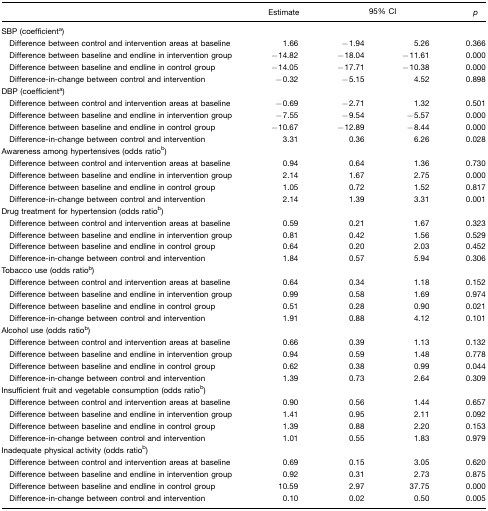
<table><thead><tr><td></td><td><b>Estimate</b></td><td colspan="2"><b>95% CI</b></td><td><b><i>p</i></b></td></tr></thead><tbody><tr><td>SBP (coefficienta)</td><td></td><td></td><td></td><td></td></tr><tr><td> Difference between control and intervention areas at baseline</td><td>1.66</td><td>−1.94</td><td>5.26</td><td>0.366</td></tr><tr><td> Difference between baseline and endline in intervention group</td><td>−14.82</td><td>−18.04</td><td>−11.61</td><td>0.000</td></tr><tr><td> Difference between baseline and endline in control group</td><td>−14.05</td><td>−17.71</td><td>−10.38</td><td>0.000</td></tr><tr><td> Difference-in-change between control and intervention</td><td>−0.32</td><td>−5.15</td><td>4.52</td><td>0.898</td></tr><tr><td>DBP (coefficienta)</td><td></td><td></td><td></td><td></td></tr><tr><td> Difference between control and intervention areas at baseline</td><td>−0.69</td><td>−2.71</td><td>1.32</td><td>0.501</td></tr><tr><td> Difference between baseline and endline in intervention group</td><td>−7.55</td><td>−9.54</td><td>−5.57</td><td>0.000</td></tr><tr><td> Difference between baseline and endline in control group</td><td>−10.67</td><td>−12.89</td><td>−8.44</td><td>0.000</td></tr><tr><td> Difference-in-change between control and intervention</td><td>3.31</td><td>0.36</td><td>6.26</td><td>0.028</td></tr><tr><td>Awareness among hypertensives (odds ratiob)</td><td></td><td></td><td></td><td></td></tr><tr><td> Difference between control and intervention areas at baseline</td><td>0.94</td><td>0.64</td><td>1.36</td><td>0.730</td></tr><tr><td> Difference between baseline and endline in intervention group</td><td>2.14</td><td>1.67</td><td>2.75</td><td>0.000</td></tr><tr><td> Difference between baseline and endline in control group</td><td>1.05</td><td>0.72</td><td>1.52</td><td>0.817</td></tr><tr><td> Difference-in-change between control and intervention</td><td>2.14</td><td>1.39</td><td>3.31</td><td>0.001</td></tr><tr><td>Drug treatment for hypertension (odds ratiob)</td><td></td><td></td><td></td><td></td></tr><tr><td> Difference between control and intervention areas at baseline</td><td>0.59</td><td>0.21</td><td>1.67</td><td>0.323</td></tr><tr><td> Difference between baseline and endline in intervention group</td><td>0.81</td><td>0.42</td><td>1.56</td><td>0.529</td></tr><tr><td> Difference between baseline and endline in control group</td><td>0.64</td><td>0.20</td><td>2.03</td><td>0.452</td></tr><tr><td> Difference-in-change between control and intervention</td><td>1.84</td><td>0.57</td><td>5.94</td><td>0.306</td></tr><tr><td>Tobacco use (odds ratiob)</td><td></td><td></td><td></td><td></td></tr><tr><td> Difference between control and intervention areas at baseline</td><td>0.64</td><td>0.34</td><td>1.18</td><td>0.152</td></tr><tr><td> Difference between baseline and endline in intervention group</td><td>0.99</td><td>0.58</td><td>1.69</td><td>0.974</td></tr><tr><td> Difference between baseline and endline in control group</td><td>0.51</td><td>0.28</td><td>0.90</td><td>0.021</td></tr><tr><td> Difference-in-change between control and intervention</td><td>1.91</td><td>0.88</td><td>4.12</td><td>0.101</td></tr><tr><td>Alcohol use (odds ratiob)</td><td></td><td></td><td></td><td></td></tr><tr><td> Difference between control and intervention areas at baseline</td><td>0.66</td><td>0.39</td><td>1.13</td><td>0.132</td></tr><tr><td> Difference between baseline and endline in intervention group</td><td>0.94</td><td>0.59</td><td>1.48</td><td>0.778</td></tr><tr><td> Difference between baseline and endline in control group</td><td>0.62</td><td>0.38</td><td>0.99</td><td>0.044</td></tr><tr><td> Difference-in-change between control and intervention</td><td>1.39</td><td>0.73</td><td>2.64</td><td>0.309</td></tr><tr><td>Insufficient fruit and vegetable consumption (odds ratiob)</td><td></td><td></td><td></td><td></td></tr><tr><td> Difference between control and intervention areas at baseline</td><td>0.90</td><td>0.56</td><td>1.44</td><td>0.657</td></tr><tr><td> Difference between baseline and endline in intervention group</td><td>1.41</td><td>0.95</td><td>2.11</td><td>0.092</td></tr><tr><td> Difference between baseline and endline in control group</td><td>1.39</td><td>0.88</td><td>2.20</td><td>0.153</td></tr><tr><td> Difference-in-change between control and intervention</td><td>1.01</td><td>0.55</td><td>1.83</td><td>0.979</td></tr><tr><td>Inadequate physical activity (odds ratiob)</td><td></td><td></td><td></td><td></td></tr><tr><td> Difference between control and intervention areas at baseline</td><td>0.69</td><td>0.15</td><td>3.05</td><td>0.620</td></tr><tr><td> Difference between baseline and endline in intervention group</td><td>0.92</td><td>0.31</td><td>2.73</td><td>0.875</td></tr><tr><td> Difference between baseline and endline in control group</td><td>10.59</td><td>2.97</td><td>37.75</td><td>0.000</td></tr><tr><td> Difference-in-change between control and intervention</td><td>0.10</td><td>0.02</td><td>0.50</td><td>0.005</td></tr></tbody></table>